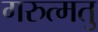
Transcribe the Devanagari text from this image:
गरुत्मतु